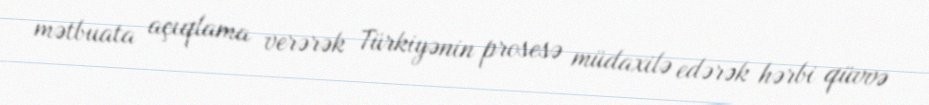
mətbuata açıqlama verərək Türkiyənin prosesə müdaxilə edərək hərbi qüvvə